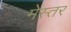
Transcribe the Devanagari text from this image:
मेस्तर